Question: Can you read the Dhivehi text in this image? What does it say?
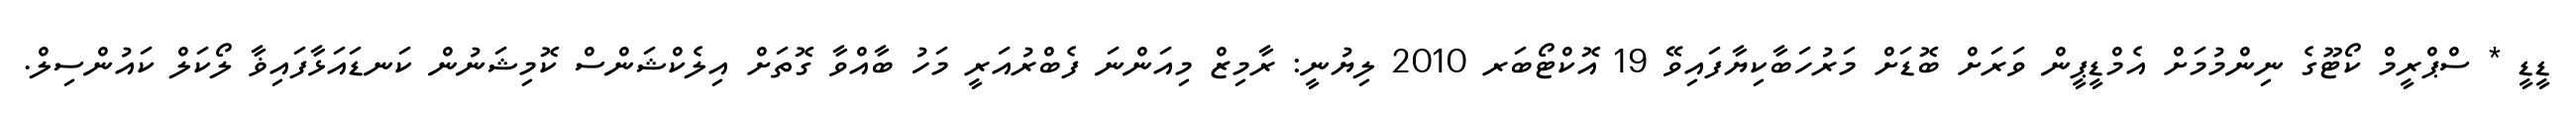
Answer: ޑީޑީ * ސްޕްރީމް ކޯޓޫގެ ނިންމުމަށް އެމްޑީޕީން ވަރަށް ބޮޑަށް މަރުހަބާކިޔާފައިވޭ 19 އޮކްޓޯބަރ 2010 ލިޔުނީ: ރާމިޒް މިއަންނަ ފެބްރުއަރީ މަހު ބާއްވާ ގޮތަށް އިލެކްޝަންސް ކޮމިޝަނުން ކަނޑައަޅާފައިޥާ ލޯކަލް ކައުންސިލް.